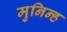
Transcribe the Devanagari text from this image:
मुनिन्ह